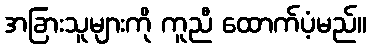
အခြားသူများကို ကူညီ ထောက်ပံ့မည်။